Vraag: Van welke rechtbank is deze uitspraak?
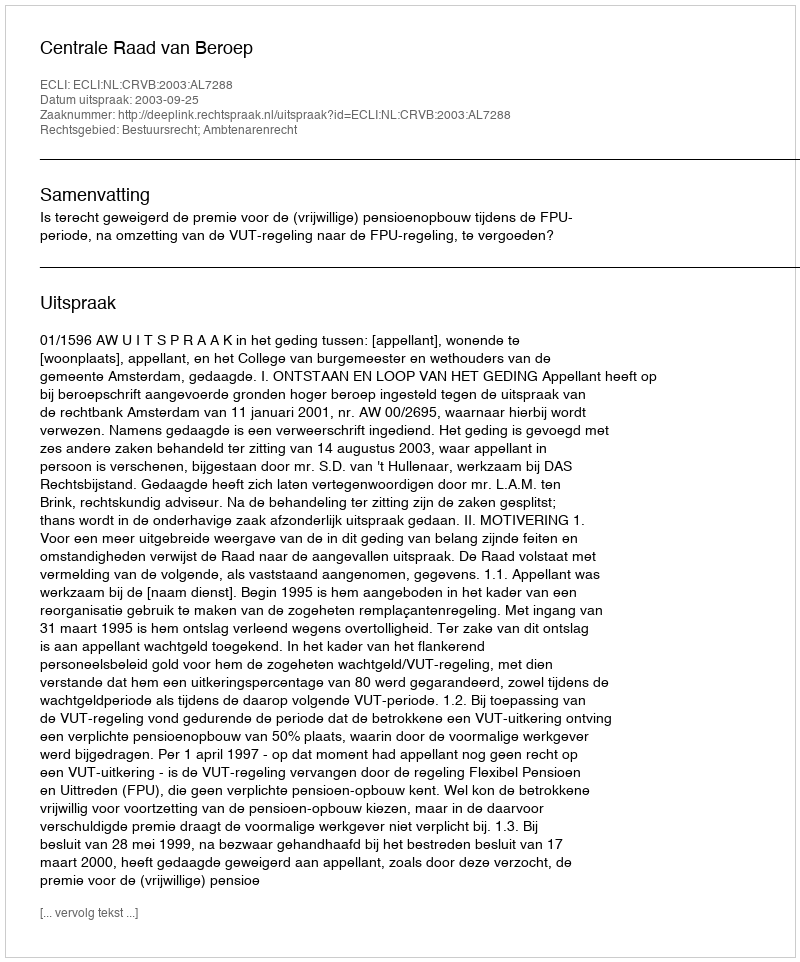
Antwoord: Centrale Raad van Beroep